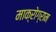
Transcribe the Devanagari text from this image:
माक्रोग्राम